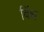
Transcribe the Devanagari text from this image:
बिंध